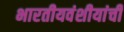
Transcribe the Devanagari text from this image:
भारतीयवंशीयांची